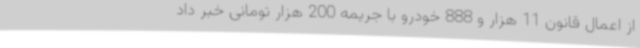
از اعمال قانون 11 هزار و 888 خودرو با جریمه 200 هزار تومانی خبر داد